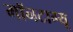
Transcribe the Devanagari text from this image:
मॉनटाग्यू